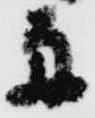
舟